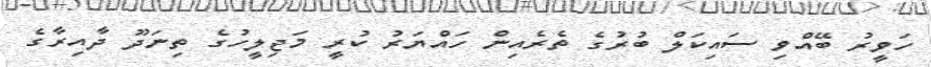
ހަވީރު ބޭއްވި ސައިކަލް ބުރުގެ ތެރެއިން ހައްޔަރު ކުރީ މަޖިލީހުގެ ތިނަދޫ ދާއިރާގެ